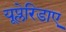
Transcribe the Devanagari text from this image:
यूप्लेरिडाए